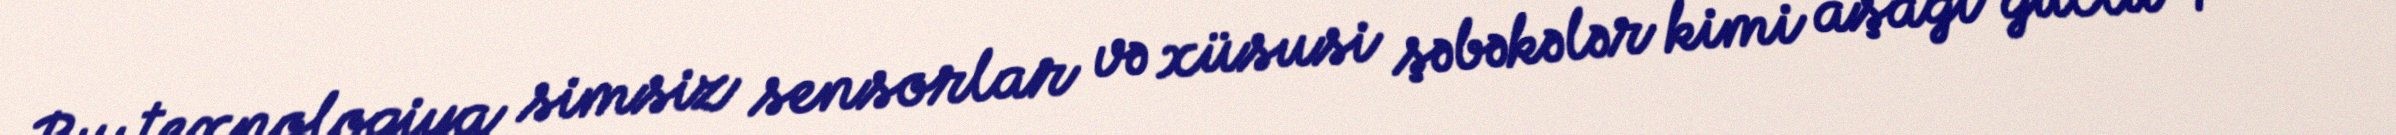
Bu texnologiya simsiz sensorlar və xüsusi şəbəkələr kimi aşağı güclü qısa